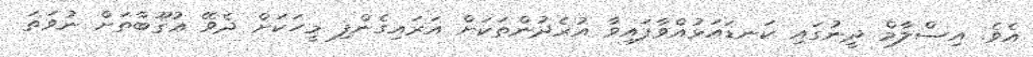
އެވެ. އިސްލާމް ދީނުގައި ކަނޑައަޅުއްވާފައިވާ އުރެދުންތަކަށް އަރައިގެންފި މީހަކަށް ދެވޭ ޢުޤޫބާތަށް ނުވަތަ